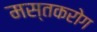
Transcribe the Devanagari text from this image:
मस्तकरोग